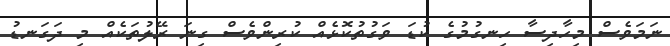
ނަމަވެސް މިހާދިސާ ހިނގުމުގެ ކުޑަ ވަގުތުކޮޅެއް ކުރިންވެސް ގިނަ ރޭލުތަކެއް މި ދަގަނޑު